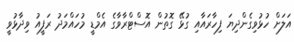
އަލަށް ހުޅުވިގެންދިޔަ ފިހާރައާއި ގުޅޭ ގޮތުން އޮސްޓްރާވާގެ އެމްޑީ މުހައްމަދު ރަފީއު ވިދާޅުވީ